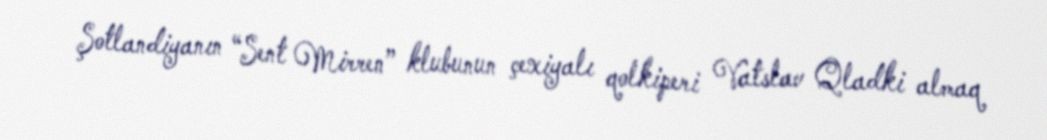
Şotlandiyanın “Sent Mirren” klubunun çexiyalı qolkiperi Vatslav Qladki almaq